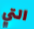
التي